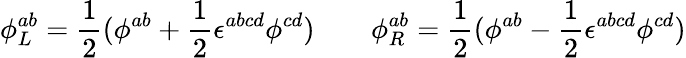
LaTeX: \phi_{L}^{ab}=\frac 12(\phi^{ab}+\frac 12\epsilon^{abcd}\phi^{cd})\quad\quad\phi_{R}^{ab}=\frac 12(\phi^{ab}-\frac 12\epsilon^{abcd}\phi^{cd})